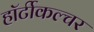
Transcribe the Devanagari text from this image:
हॉर्टीकल्चर